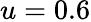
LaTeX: u=0.6